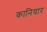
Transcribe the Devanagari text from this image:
कानियार